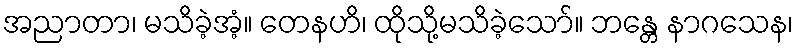
အညာတာ၊ မသိခဲ့အံ့။ တေနဟိ၊ ထိုသို့မသိခဲ့သော်။ ဘန္တေ နာဂသေန၊